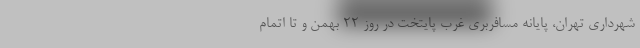
شهرداری تهران، پایانه مسافربری غرب پایتخت در روز ۲۲ بهمن و تا اتمام